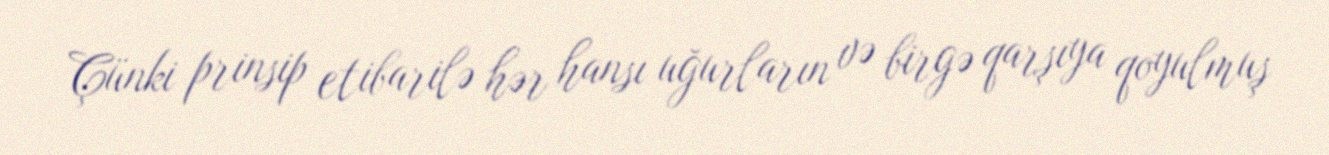
Çünki prinsip etibarilə hər hansı uğurların və birgə qarşıya qoyulmuş